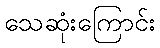
သေဆုံးကြောင်း